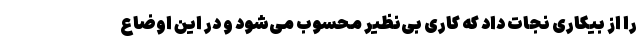
را از بیکاری نجات داد که کاری بی‌نظیر محسوب می‌شود و در این اوضاع